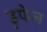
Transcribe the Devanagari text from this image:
डुपेज